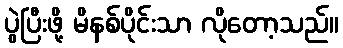
ပွဲပြီးဖို့ မိနစ်ပိုင်းသာ လိုတော့သည်။